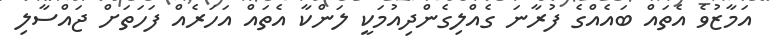
އަމާޒުވެ އެތައް ބައެއްގެ ފުރާނަ ގެއްލިގެންދިއުމަކީ ލަންކާ އެތައް އަހަރެއް ފަހަތަށް ޖައްސާލި